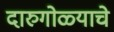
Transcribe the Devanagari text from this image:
दारुगोळ्याचे